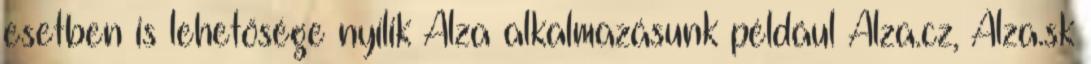
esetben is lehetősége nyílik Alza alkalmazásunk például Alza.cz, Alza.sk